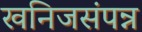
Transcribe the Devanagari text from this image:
खनिजसंपन्न